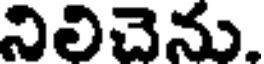
నిలిచెను.